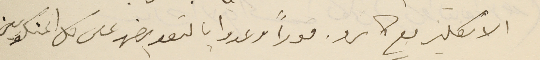
الانكليز مع كاىرو. فوراً وعدوا بالتعويض على كل المنكوبين